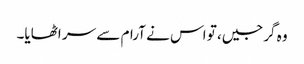
وہ گرجیں، تو اس نے آرام سے سر اٹھایا۔